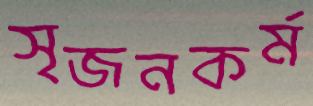
সৃজনকর্ম